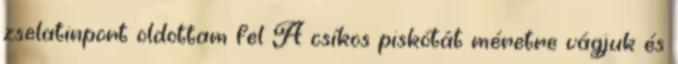
zselatinport oldottam fel A csíkos piskótát méretre vágjuk és